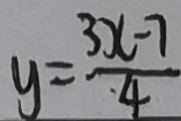
y = \frac { 3 x - 7 } { 4 }